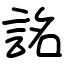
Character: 詺